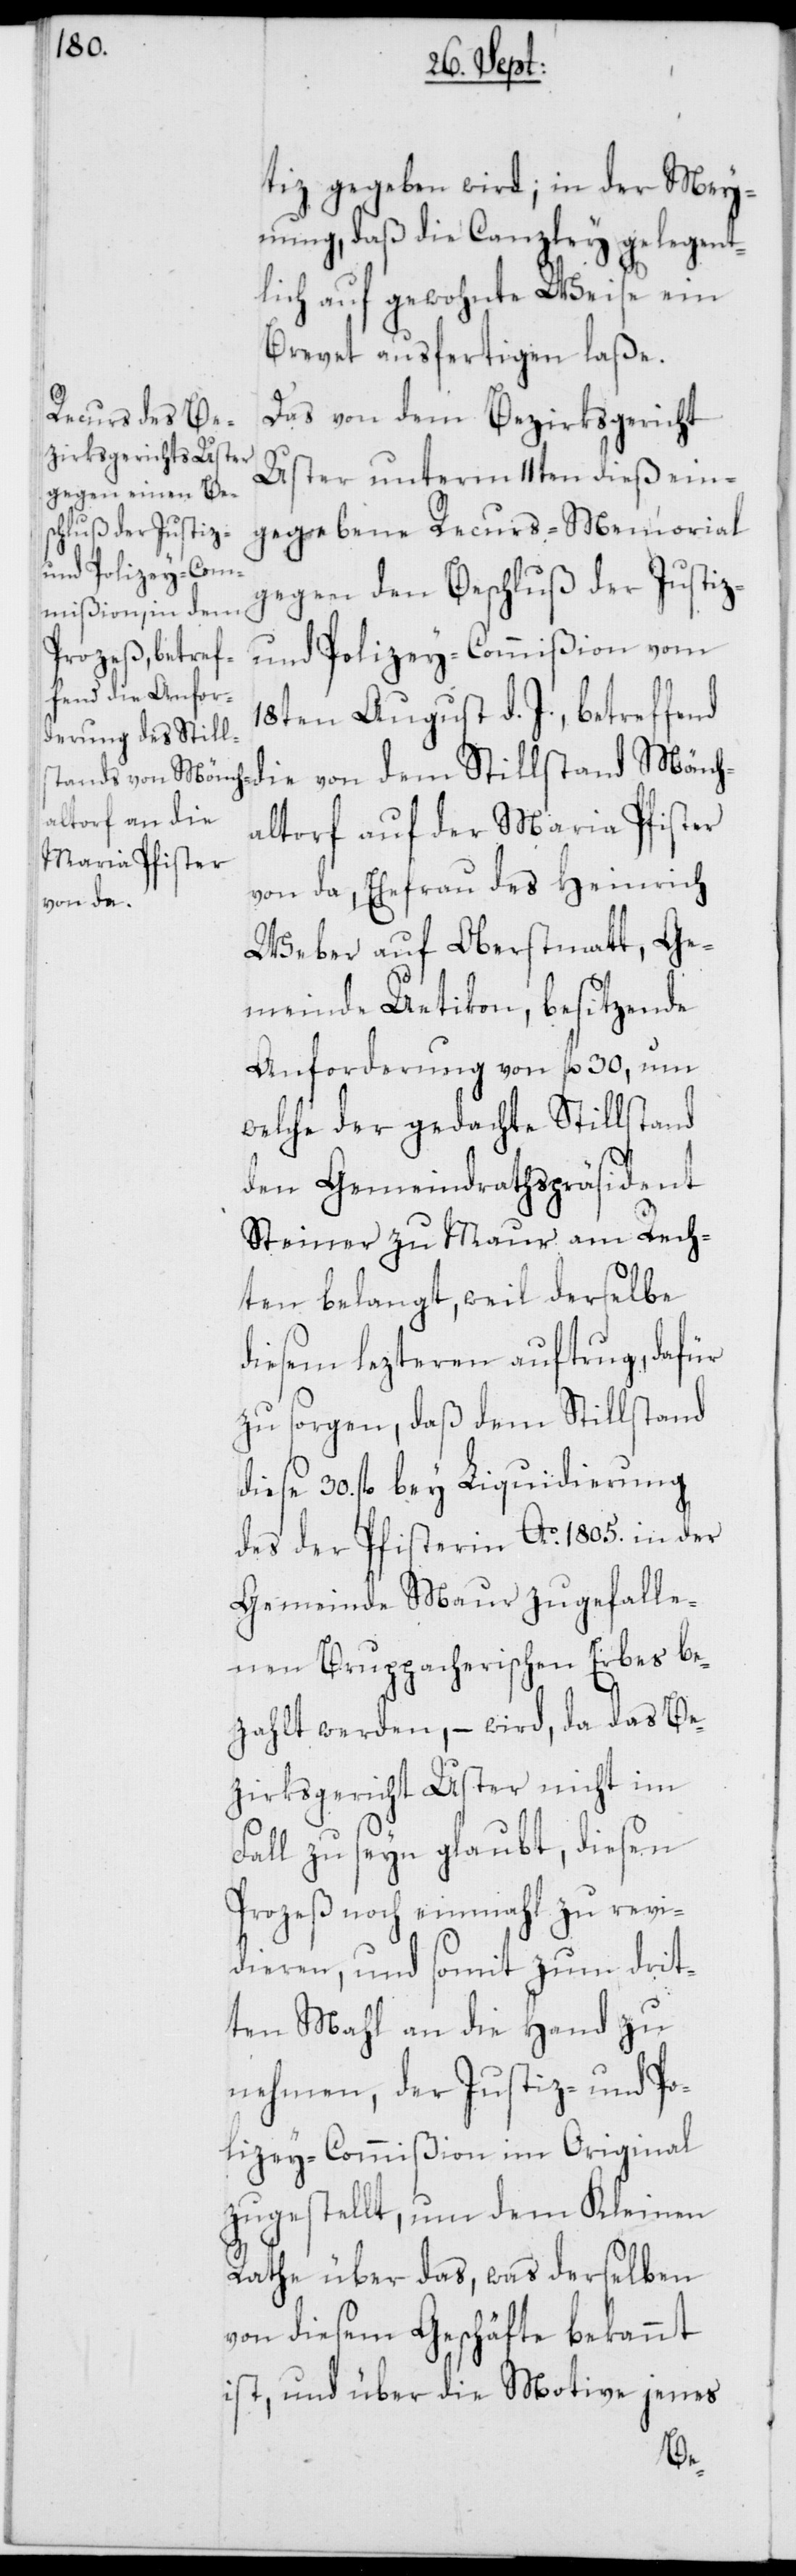
Mönch¬
30. fl.
tiz gegeben wird; in der Mey¬
nung, daß die Canzley gelegent¬
lich auf gewohnte Weise ein
Brevet ausfertigen laße.
Das von dem Bezirksgericht
Uster unterm 11ten dieß ein¬
gegebene Recurs-Memorial
gegen den Beschluß der Justiz-
und Polizey-Commißion vom
18ten August d. J., betreffend
altorf auf der Maria Pfister
von da, Ehefrau des Heinrich
von dem
Weber auf Oberstmatt, Ge¬
meinde Uetikon, besitzende
Anforderung von fl. 30, um
welche der gedachte Stillstand
den Gemeindrathspräsident
Steiner zu Maur am Rech¬
ten belangt, weil derselbe
diesem lezteren auftrug, dafür
zu sorgen, daß dem Stillstand
des der Pfisterin Ao. 1805. in der
Gemeinde Maur zugefalle¬
nen Bruppacherischen Erbes be¬
zahlt werden, – wird, da das Be¬
zirksgericht Uster nicht im
Fall zu seyn glaubt, diesen
Prozeß noch einmahl zu revi¬
dieren, und somit zum drit¬
ten Mahl an die Hand zu
nehmen, der Justiz- und Po¬
lizey-Commißion im Original
zugestellt, um dem Kleinen
Rathe über das, was derselben
von diesem Geschäfte bekannt
ist, und über die Motive jenes